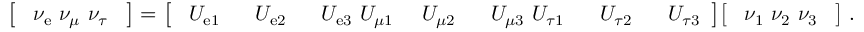
{ \left[ \begin{array} { l } { ~ \nu _ { \mathrm { e } } \ \nu _ { \mu } \ \nu _ { \tau } ~ } \end{array} \right] } = { \left[ \begin{array} { l l l l l l l } { ~ U _ { \mathrm { e } 1 } ~ } & { ~ U _ { \mathrm { e } 2 } ~ } & { ~ U _ { \mathrm { e } 3 } \ U _ { \mu 1 } } & { ~ U _ { \mu 2 } ~ } & { ~ U _ { \mu 3 } \ U _ { \tau 1 } ~ } & { ~ U _ { \tau 2 } ~ } & { ~ U _ { \tau 3 } } \end{array} \right] } { \left[ \begin{array} { l } { ~ \nu _ { 1 } \ \nu _ { 2 } \ \nu _ { 3 } ~ } \end{array} \right] } ~ .